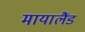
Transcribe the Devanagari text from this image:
मायालैंड